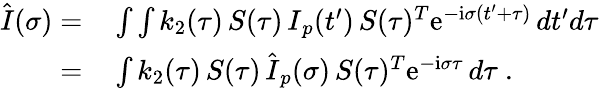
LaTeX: \begin{array}{rl}{\hat{\mathbf\cal I}(\sigma)=}&{{}\int\int k_{2}(\tau)\, {\mathbf\cal S}(\tau)\, {\mathbf\cal I}_{p}(t^{\prime})\, {\mathbf\cal S}(\tau)^{T}\mathrm{e}^{-\mathrm{i}\sigma(t^{\prime}+\tau)}\, dt^{\prime}d\tau}\\ {=}&{{}\int k_{2}(\tau)\, {\mathbf\cal S}(\tau)\, \hat{\mathbf\cal I}_{p}(\sigma)\, {\mathbf\cal S}(\tau)^{T}\mathrm{e}^{-\mathrm{i}\sigma\tau}\, d\tau\ .}\end{array}